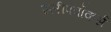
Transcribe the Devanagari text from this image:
स्लीपवॉकर्स